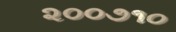
૨૦૦૭૧૦